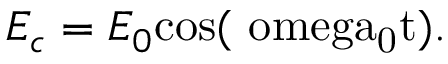
E _ { c } = E _ { 0 } \mathrm { { c o s } ( \ o m e g a _ { 0 } t ) . }